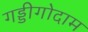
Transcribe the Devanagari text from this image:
गड्डीगोदाम